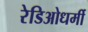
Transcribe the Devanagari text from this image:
रेडिओधर्मी